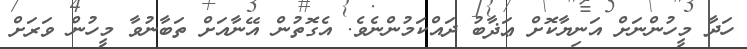
ހަދާ މީހުންނަށް އަނިޔާކޮށް ޢަޛާބު ދައްކަމުންނެވެ. އެގޮތުން އޭނާއަށް ތަބާނުވާ މީހުން ވަރަށް